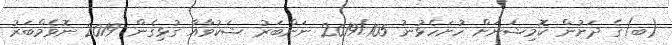
(ބ)ގެ ދަށުން ކޮމިޝަނަށް ހުށަހެޅުނު 2019/105 ނަންބަރު ޝަކުވާއާ ގުޅިގެން 2019 ނޮވެމްބަރު